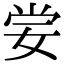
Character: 𡜈